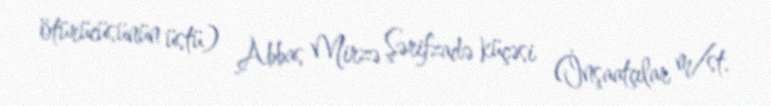
ötürücüsünün üstü) Abbas Mirzə Şərifzadə küçəsi (İnşaatçılar m/st.